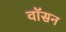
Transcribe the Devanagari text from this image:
वॉसन